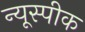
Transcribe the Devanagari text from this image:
न्यूस्पीक